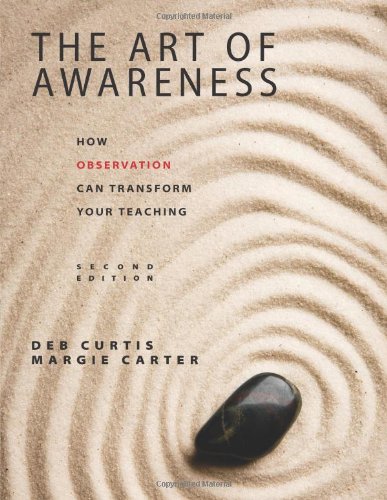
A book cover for The Art of Awareness, Second Edition: How Observation Can Transform Your Teaching; Deb Curtis; Parenting & Relationships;